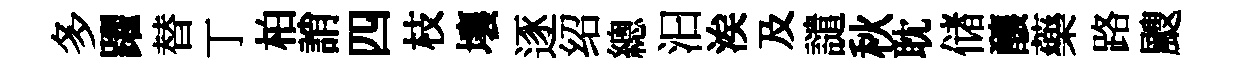
多躍替丁柏誚四枝壤逐绍總汩涘及譴秋耽储釀藥路颼